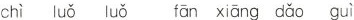
chì luǒ luǒ fān xiāng dǎo guì